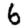
Digit: 6